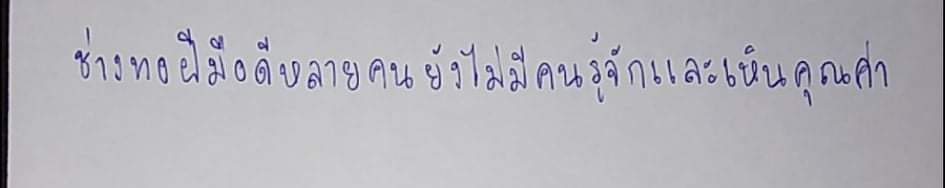
ช่างทอฝีมือดีหลายคนยังไม่มีคนรู้จักและเห็นคุณค่า